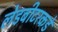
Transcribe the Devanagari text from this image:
लेडबीटरकडे